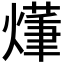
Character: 𤏑